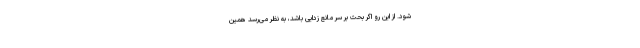
شود. از این رو اگر بحث بر سر مانع زدایی باشد، به نظر می‌رسد همین